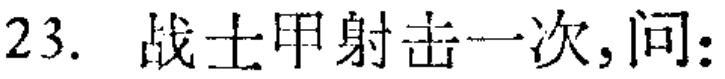
23. 战士甲射击一次,问: